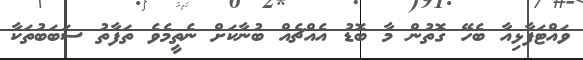
ވައްޓަފާޅިއާ ބެހޭ ގޮތުން މާ ބޮޑު އެއްޗެއް ބުނާކަށް ނެތީމެވެ ތަފާތު ސަބަބުތަކާ